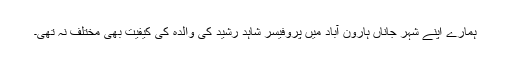
ہمارے اپنے شہرِ جاناں ہارون آباد میں پروفیسر شاہد رشید کی والدہ کی کیفیت بھی مختلف نہ تھی۔